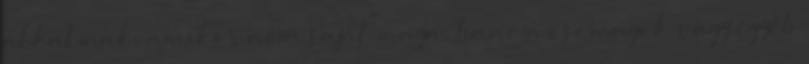
alkalmak, amikor nem saját maga, hanem csomagok vagy egyéb